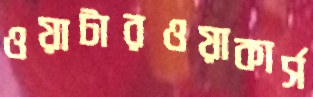
ওয়াটারওয়াকার্স